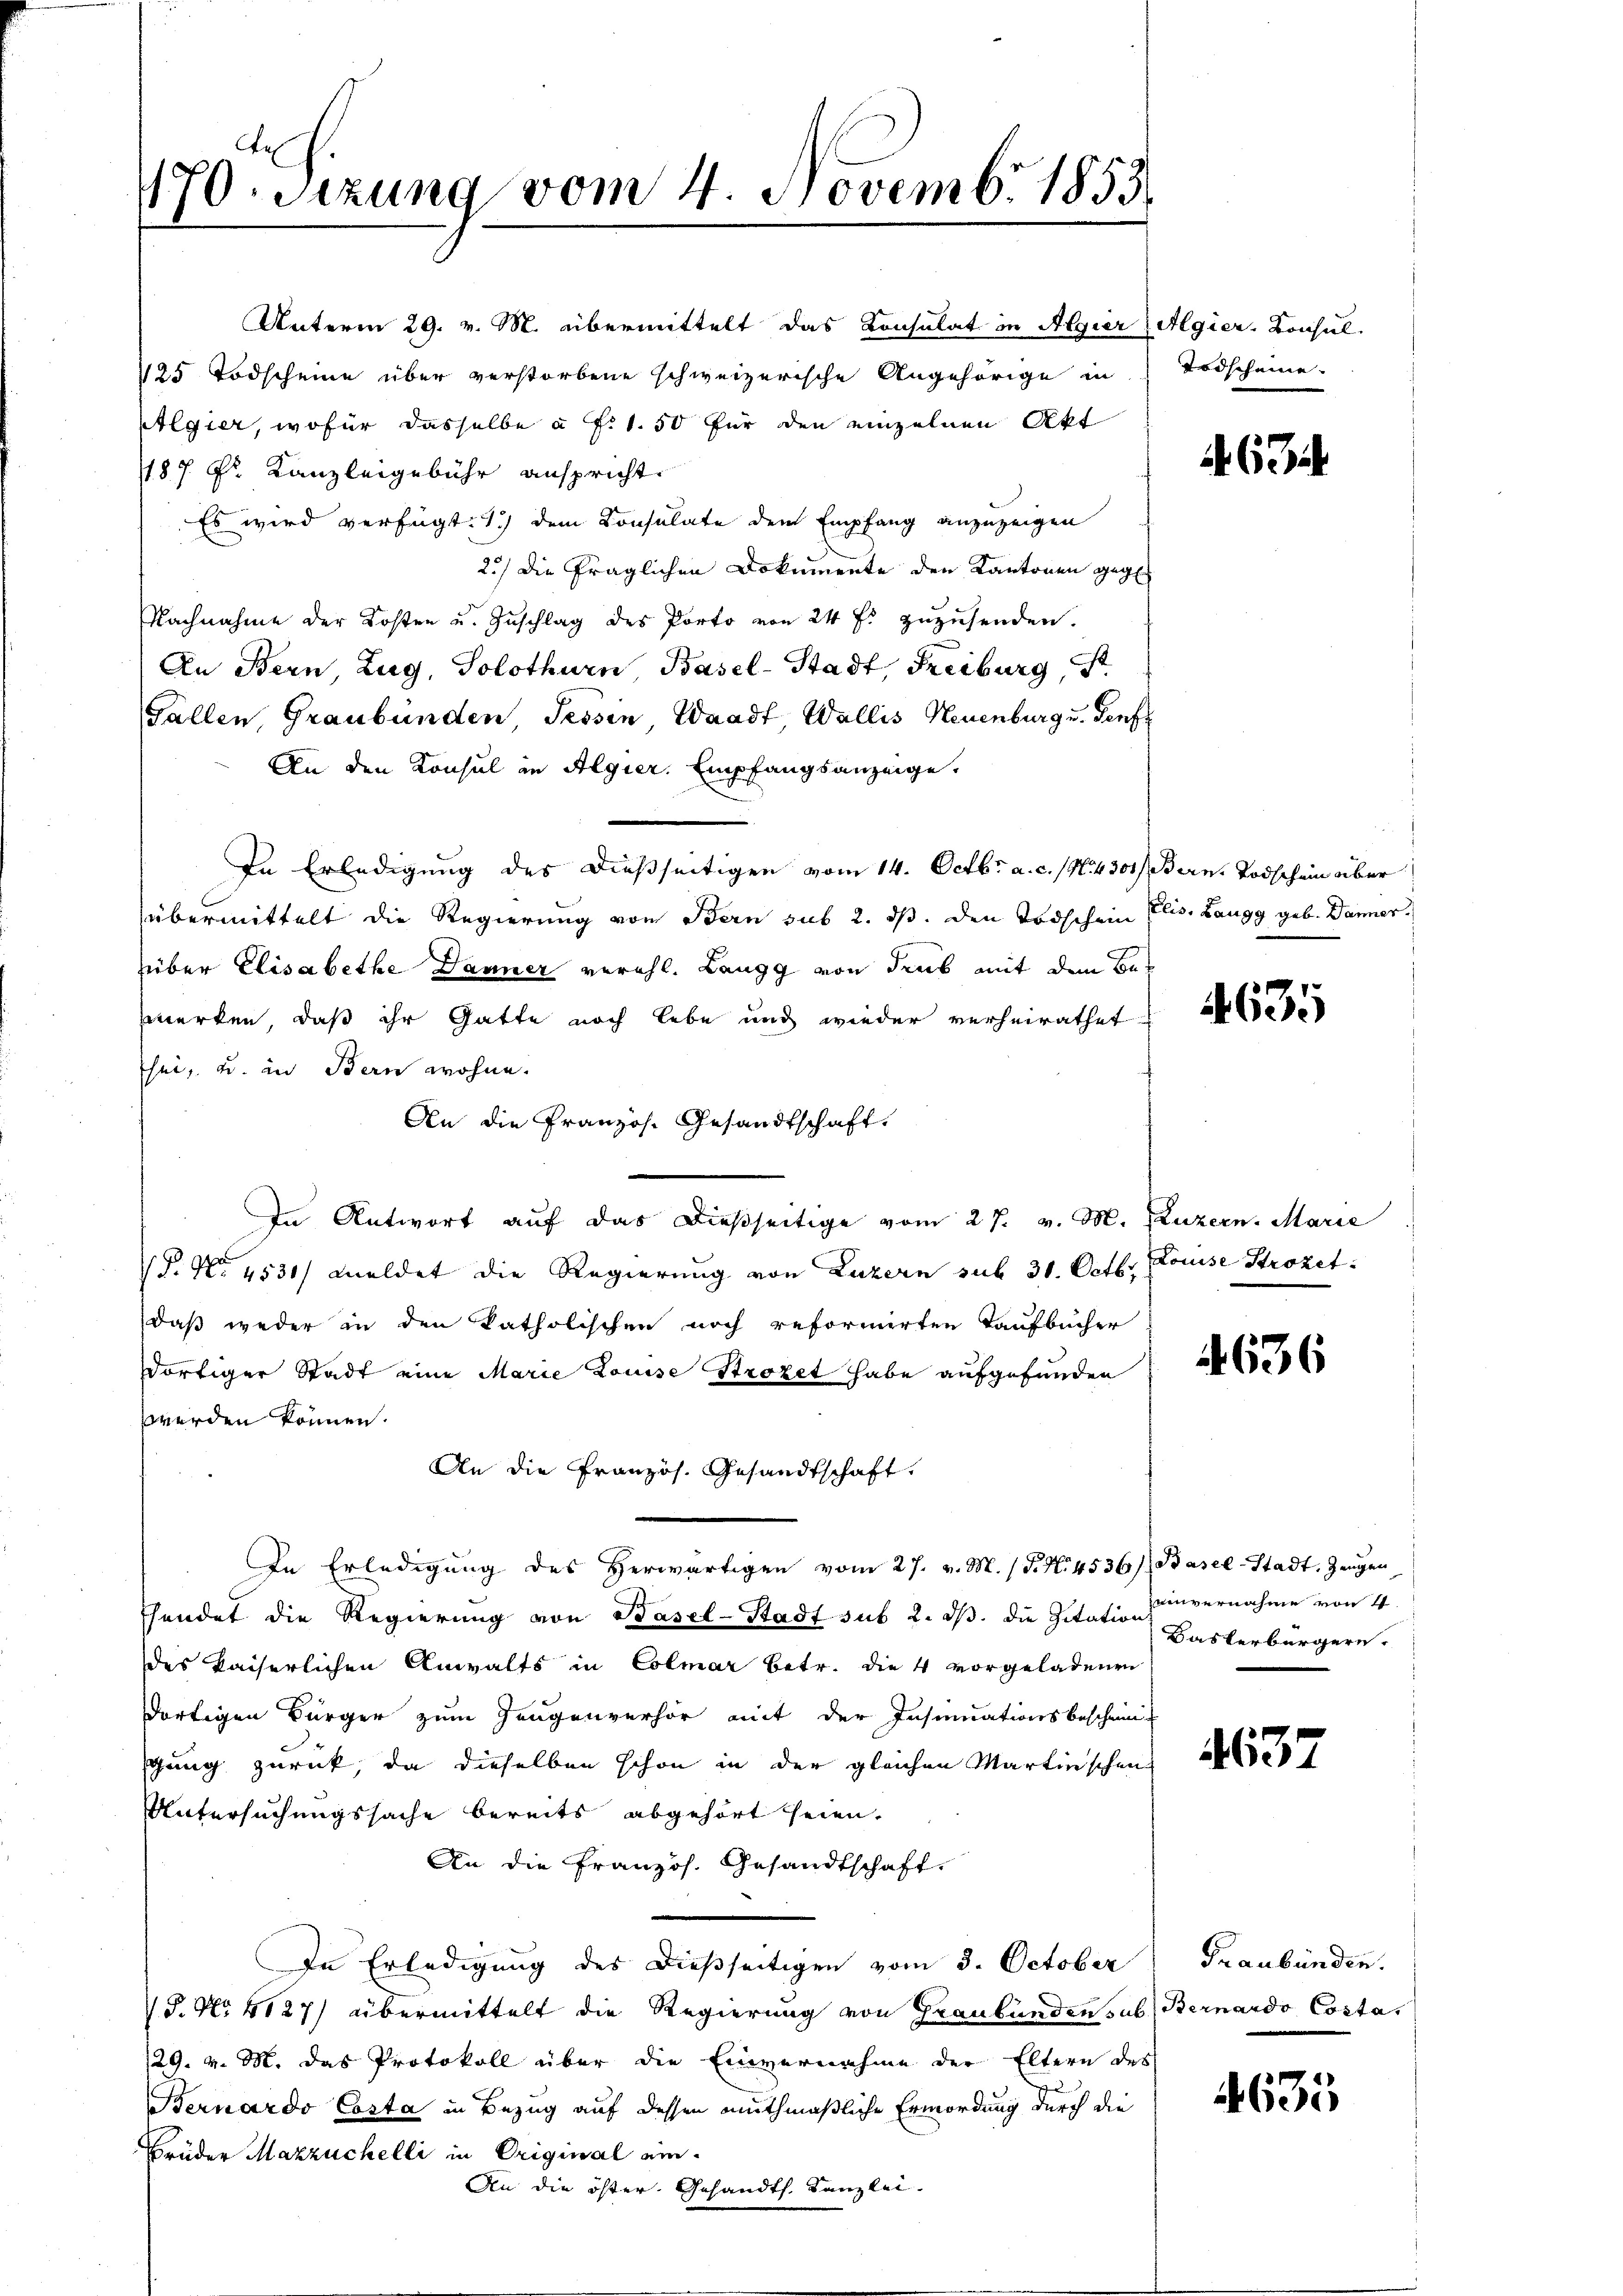
1170. Sitzung vom 4. Novembr 1853

Unterm 29. v. M. übermittelt das Konsulat in Algier Algier-Consul
125 Todscheine über verstorbene schweizerische Angehörige in
Algier, wofür dasselbe à tit. 50 für den einzelnen Akt
1187 Fr. Kanzleigebühr anspricht.
Es wird verfügt: 1.) dem Consulate dem Empfang anzuzeigen
2./ die fraglichen Dokumente den Kantonen gegen
Nachnahme der Kosten u. Zuschlag des Porto von 24 f. zuzusenden.
An Bern, Zug, Solothurn, Basel-Stadt, Freiburg, S.
Fallen, Graubünden, Tessin, Waadt, Wallis Neuenburg u. Genf
An den Konsul in Algier. Empfangsanzeige.
In Erledigung des dießseitigen vom 14. Octbr. a. c. /M. 4301), Bern, Todschein über
übermittelt die Regierung von Bern sub 2. ds. den Todschein Elis. Laugg geb. Danner
über Elisabethe Danner verehl. Langg von dies mit dem Bemerken, daß ihr Gatte noch lebe und wieder verheirathet
sei, u. in Bern wohne.
An die Pranzös. Gesandtschaft.
In Antwort auf das dießseitige vom 27. v. M. Puzern. Marie
V. No 1531/ meldet die Regierung von Luzern sub 31. Octbr. Louise Strozet:
daß weder in den katholischen noch reformirten Kaufbücher
ortiger Stadt eine Marie Louise Strözet habe aufgefunden
werden können.
An die Französ. Gesandtschaft.
In Erledigung des Herwärtigen vom 27. v. M. (T. N. 4536/ Basel-Stadt, Zeugen
hendet die Regierung von Basel-Stadt sub 2. ds. die Zitation
des kaiserlichen Anwalts in Colmar betr. die 4 vorgeladenen
dortigen Bürger zum Zeugenverhör mit der Insinuationsbeschein
schung zurück, da dieselben schon in der gleichen Martinschen
Untersuchungssache bereits abgehört seien.
An die Französ. Gesandtschaft.
In Erledigung des dießseitigen vom 3. October
S. No. 4127) übermittelt die Regierung von Graubünden sub. Bernardo Costa,
129. v. M. das Protokoll über die Einvernahme der Eltern des
Bernardo Costa in Bezug auf dessen muthmaßliche Ermordung durch die
Brüder Mazzuchelli in Original ein.
An die öster Gesandth. Kanzlei-

Todscheine.

67

4635

636

einvernahme von 4
Dasterbürgern.

Graubünden.

4635